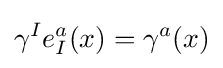
\gamma ^{I}e_{I}^{a}(x)=\gamma ^{a}(x)